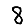
Digit: 8